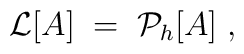
{\cal{L}}[A] \;=\; {\cal{P}}_h[A] \;,